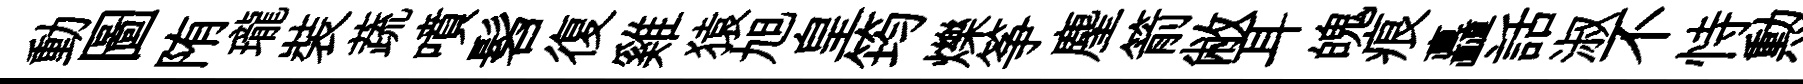
動圖陏瓏裝蔬噴髫復雞猿旭皇筠爍筝麈箭敝耳魄痕矗話淑不恃勲